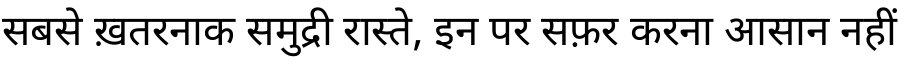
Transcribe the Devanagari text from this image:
सबसे ख़तरनाक समुद्री रास्ते, इन पर सफ़र करना आसान नहीं